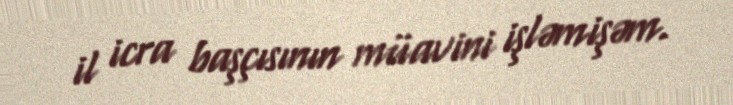
il icra başçısının müavini işləmişəm.